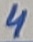
Text: 4